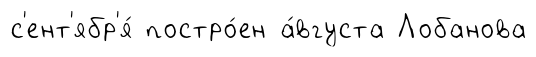
с'ент'ябр'я́ постро́ен а́вгуста Лобанова